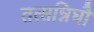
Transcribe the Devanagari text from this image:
तत्सन्निघौ